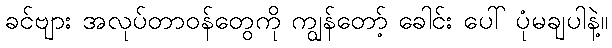
ခင်ဗျား အလုပ်တာဝန်တွေကို ကျွန်တော့် ခေါင်း ပေါ် ပုံမချပါနဲ့။